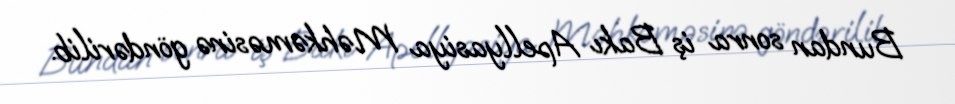
Bundan sonra iş Bakı Apellyasiya Məhkəməsinə göndərilib.